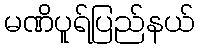
မဏိပူရ်ပြည်နယ်